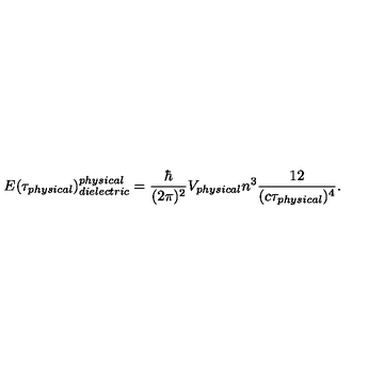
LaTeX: E ( \tau _ { \small p h y s i c a l } ) _ { \small d i e l e c t r i c } ^ { \small p h y s i c a l } = { \frac { \hbar } { ( 2 \pi ) ^ { 2 } } } V _ { \small p h y s i c a l } n ^ { 3 } { \frac { 1 2 } { ( c \tau _ { \small p h y s i c a l } ) ^ { 4 } } } .